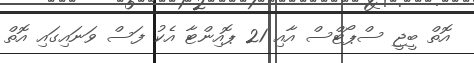
އޮތް ބީޖީ ސްޕޯޓްސް އާއި 21 ޕޮއިންޓާ އެކު ފަސް ވަނައިގައި އޮތް